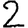
Digit: 2